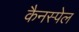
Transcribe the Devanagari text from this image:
कैनस्पेल